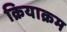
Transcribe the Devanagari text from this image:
क्रियाक्रम